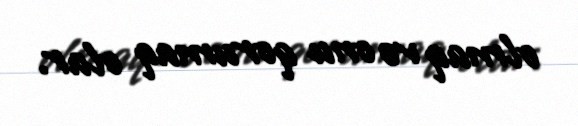
olmaq və onu qorumaq olar.